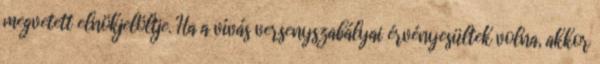
megvetett elnökjelöltje. Ha a vívás versenyszabályai érvényesültek volna, akkor